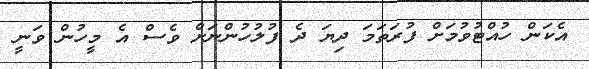
އެކަން ހުއްޓުވުމަށް ފުރަތަމަ ދިޔަ ދެ ފުލުހުންނަށް ވެސް އެ މީހުން ވަނީ